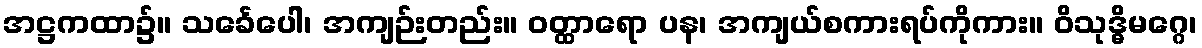
အဋ္ဌကထာ၌။ သင်္ခေပေါ၊ အကျဉ်းတည်း။ ဝတ္ထာရော ပန၊ အကျယ်စကားရပ်ကိုကား။ ဝိသုဒ္ဓိမဂ္ဂေ၊